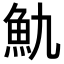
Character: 𩵍